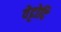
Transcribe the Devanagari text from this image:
वेट्टोदि